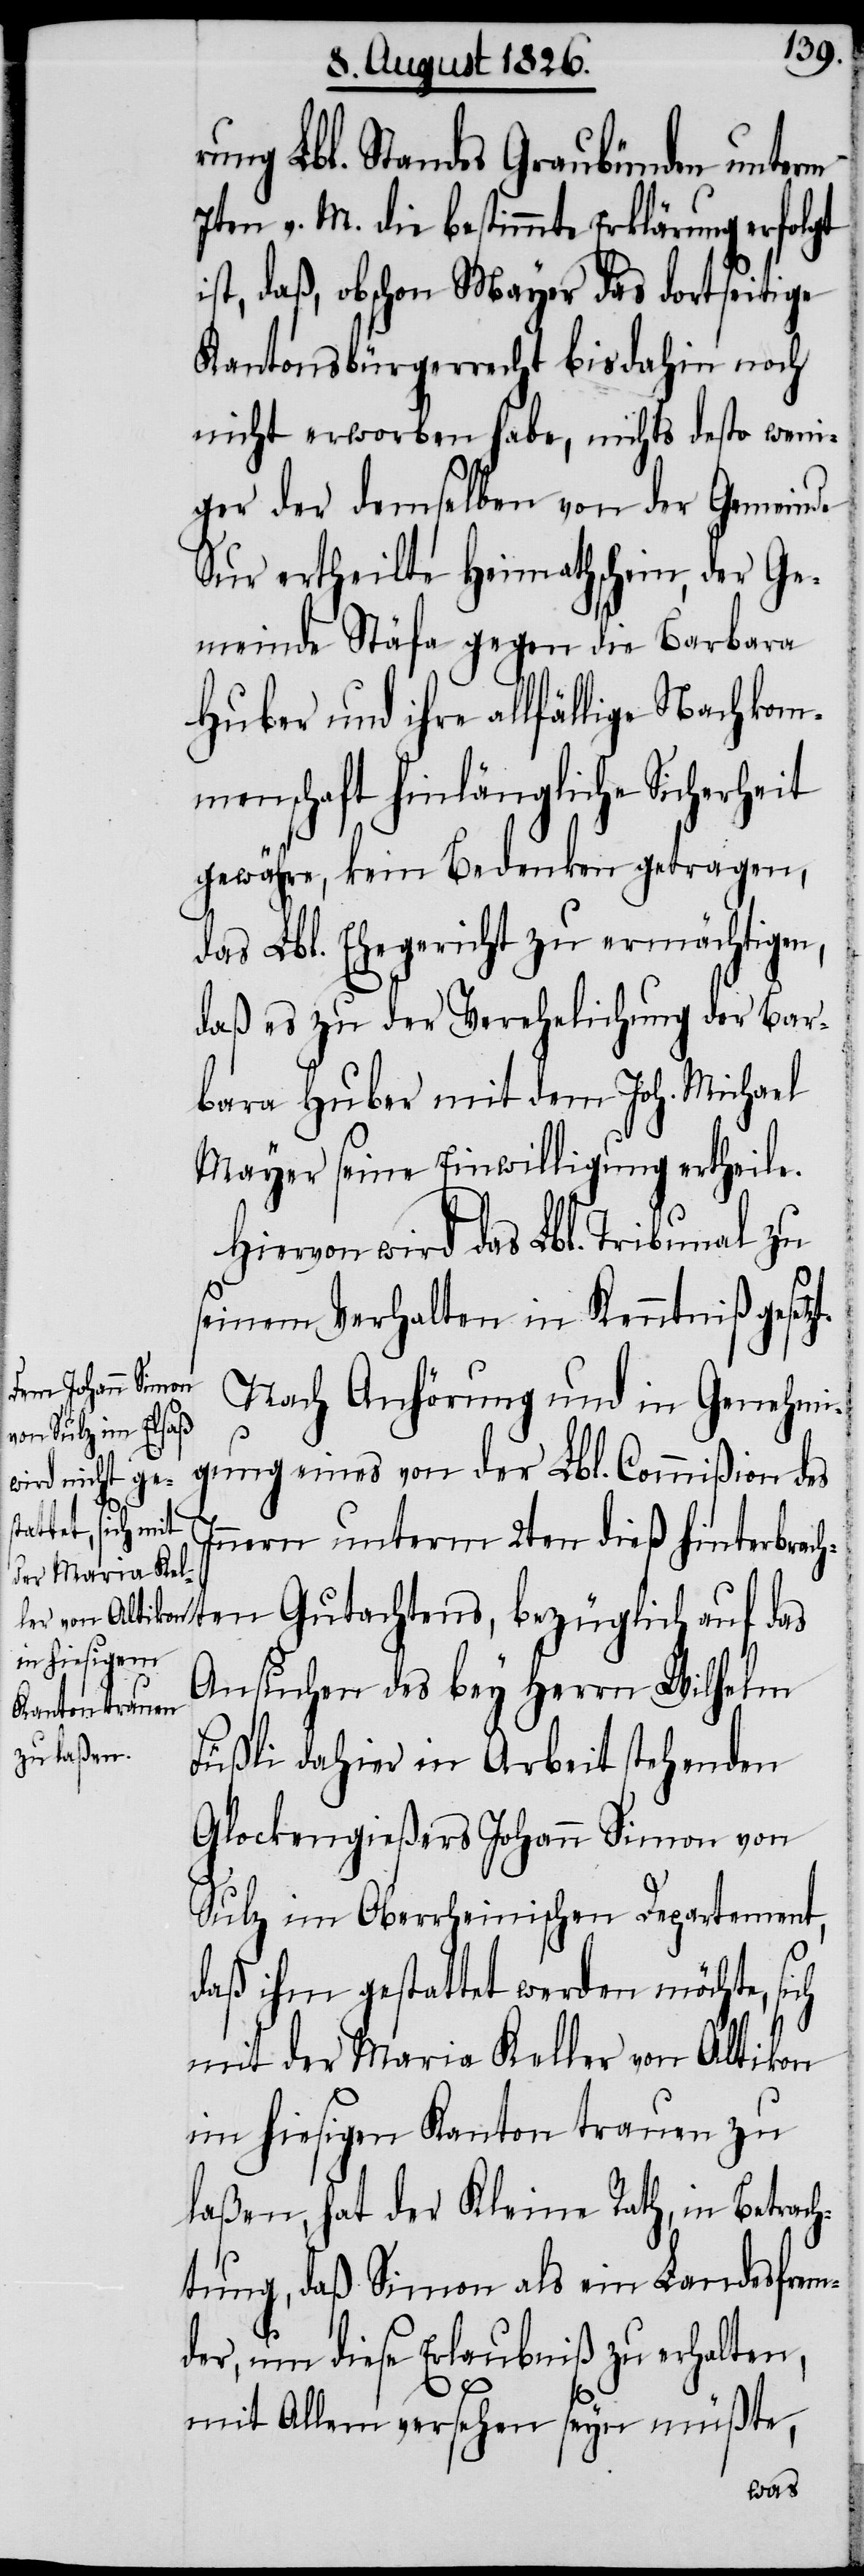
rung Lbl. Standes Graubünden unterm
7ten v. M. die bestimmte Erklärung erfolgt
ist, daß, obschon Mayer das dortseitige
Kantonsbürgerrecht bis dahin noch
nicht erworben habe, nichts desto weni¬
ger der demselben von der Gemeinde
Sur ertheilte Heimathschein, der Ge¬
meinde Stäfa gegen die Barbara
Huber und ihre allfällige Nachkom¬
menschaft hinlängliche Sicherheit
gewähre, kein Bedenken getragen,
das Lbl. Ehegericht zu ermächtigen,
daß es zu der Verehelichung der Bar¬
bara Huber mit dem Joh. Michael
Mayer seine Einwilligung ertheile.
Hiervon wird das Lbl. Tribunal zu
t.
seinem Verhalten in Kenntniß gesetz¬
Nach Anhörung und in Genehmi¬
gung eines von der Lbl. Commißion des
Innern unterm 2ten dieß hinter¬
brachten Gutachtens, bezüglich auf das
Ansuchen des bey Herrn Wilhelm
Füßli dahier in Arbeit stehenden
Glockengießers Johann Simon von
Sulz im Oberrheinischen Departement,
daß ihm gestattet werden möchte, sich
mit der Maria Keller von Altikon
im hiesigen Kanton trauen zu
laßen, hat der Kleine Rath, in Betrach¬
tung, daß Simon als ein Landesfrem¬
der, um diese Erlaubniß zu erhalten,
mit Allem versehen seyn müßte,